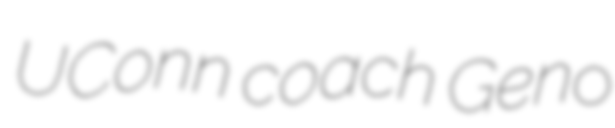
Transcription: UConn coach Geno